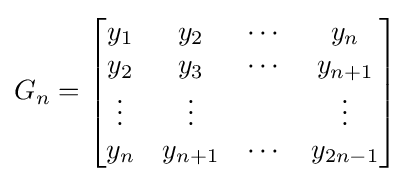
G_{n}={\begin{bmatrix}y_{1}&y_{2}&\cdots &y_{n}\\y_{2}&y_{3}&\cdots &y_{n+1}\\\vdots &\vdots &&\vdots \\y_{n}&y_{n+1}&\cdots &y_{2n-1}\\\end{bmatrix}}